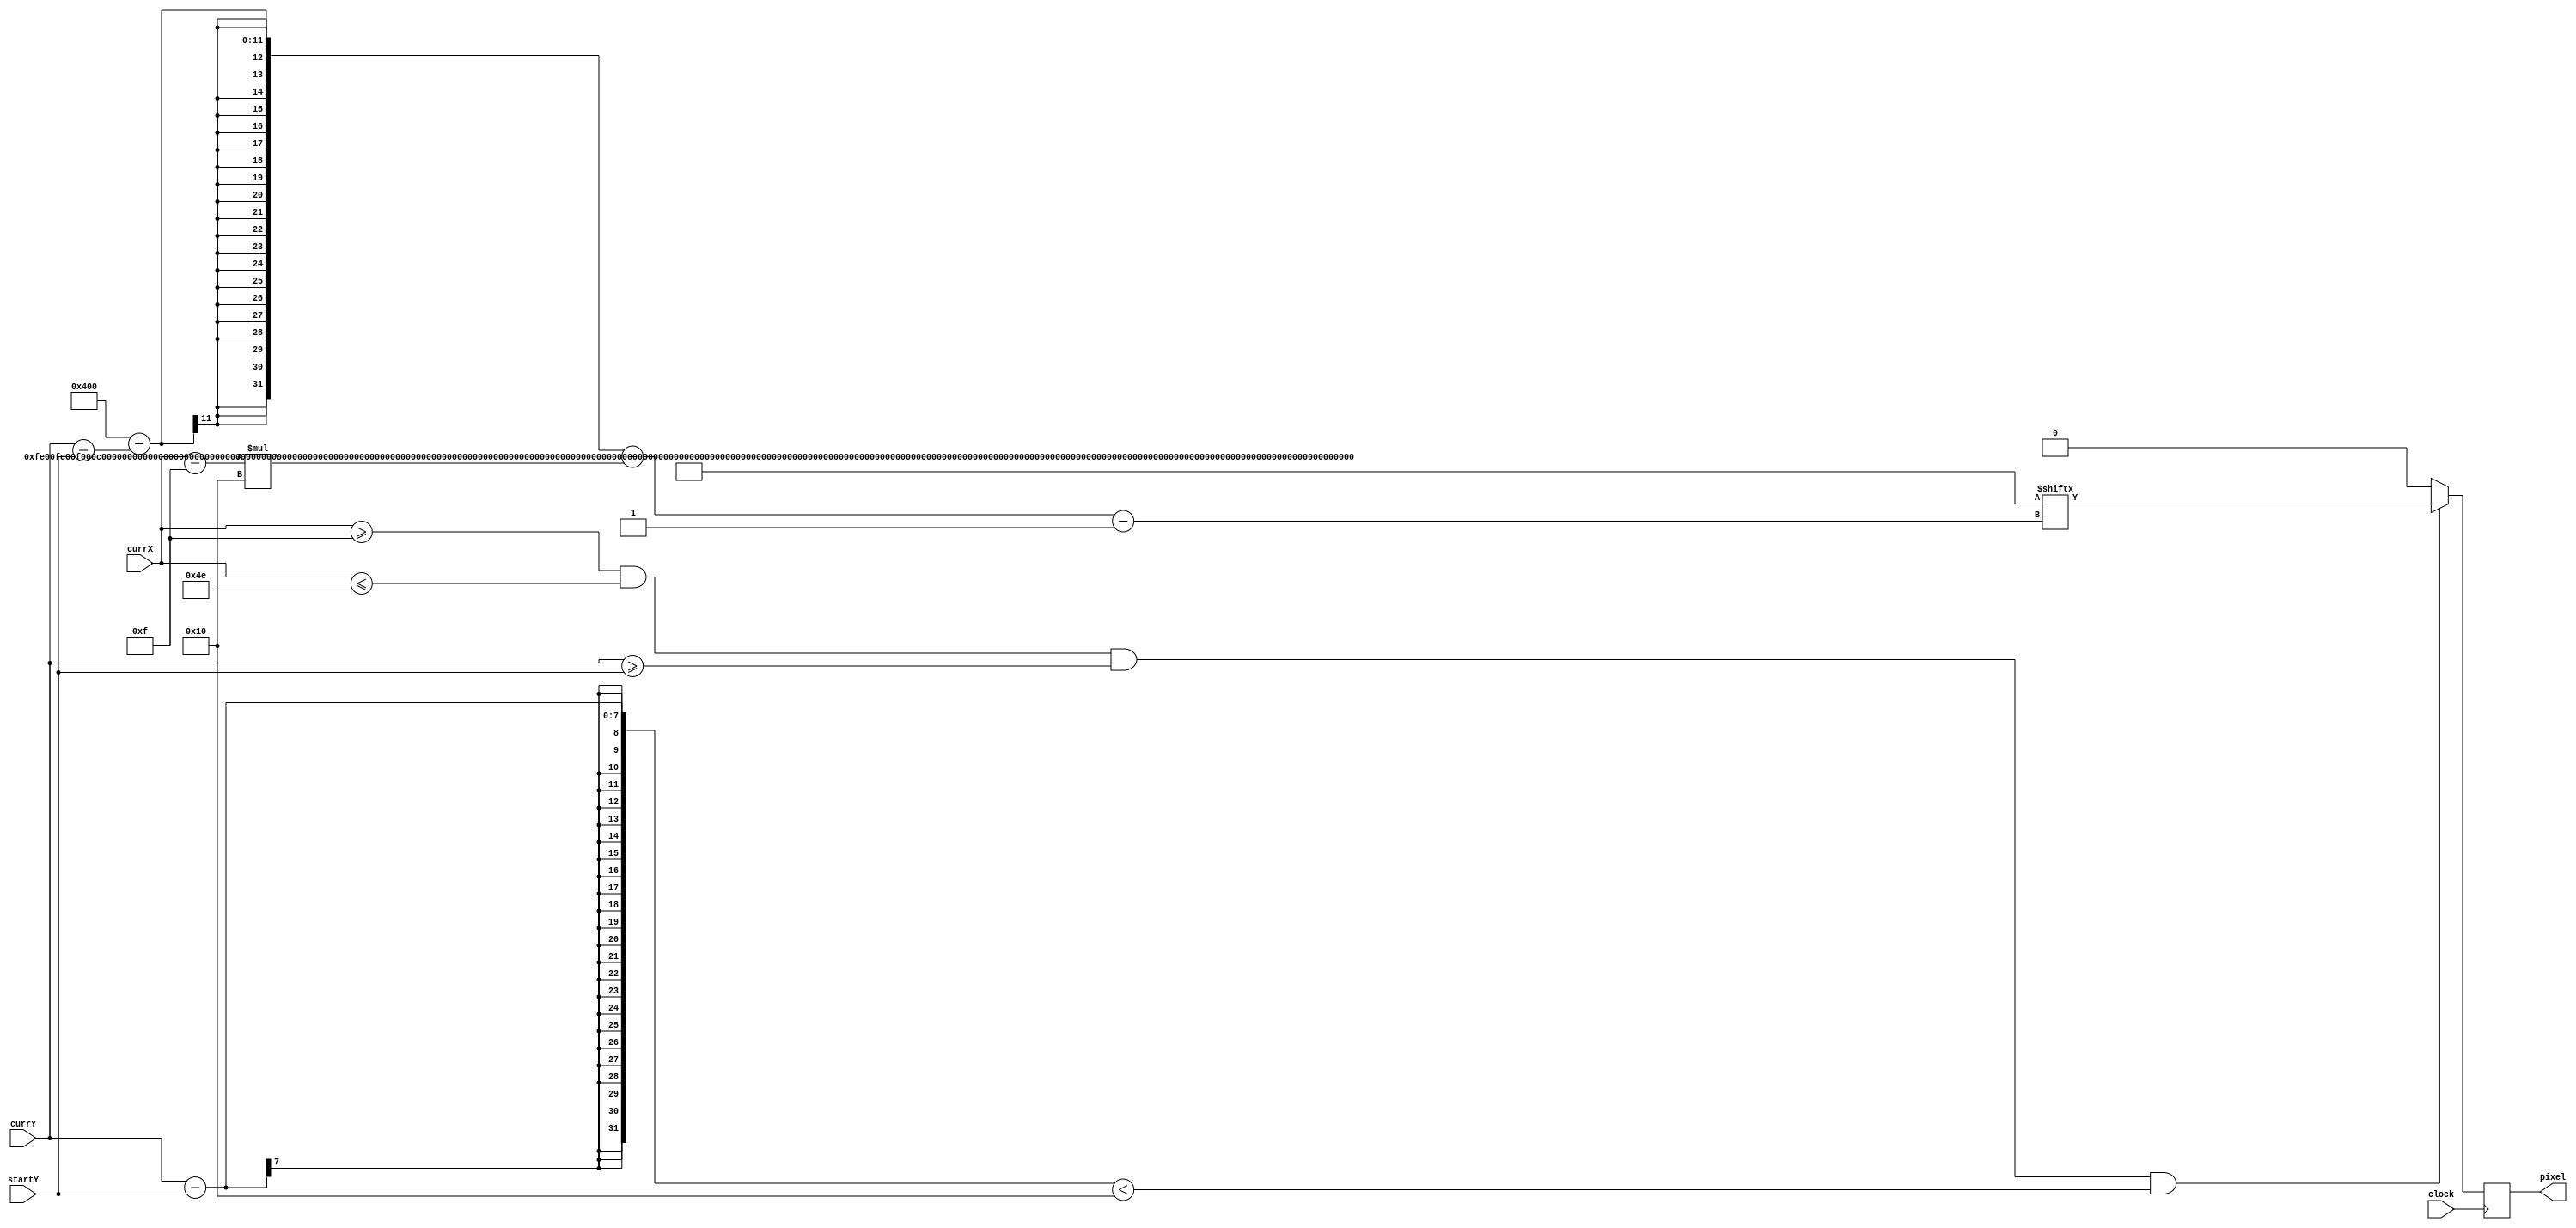
`timescale 1ns / 1ps
//////////////////////////////////////////////////////////////////////////////////
// Company: 
// Engineer: 
// 
// Design Name: 
// Module Name: logo_tetris
// Project Name: 
// Target Devices: 
// Tool Versions: 
// Description: 
// 
// Dependencies: 
// 
// Revision:
// Revision 0.01 - File Created
// Additional Comments:
// 
//////////////////////////////////////////////////////////////////////////////////


module logo_tetris(input clock, input [6:0] currX, currY, startY, output reg pixel);
    parameter STARTX = 15, ENDX = 78, LOGO_HEIGHT = 16;
    reg [6:0] index = 0, row = 0;
    wire [1024:1] logo;
    assign logo = 1024'hFE00FC00F000C000FFFFFFFFFFFFFFFFC000F000FC00FE0000000000FFFFFFFF8181C3C3E7E7F00FF81FFC3F00000000FE00FC00F000C000FFFFFFFFFFFFFFFFC000F000FC00FE0000000000FFFFFFFFFFFFFFBFFF9FFF0F7E073C03180100000000FFFFFFFFFFFF000000003C1FFE0F8F07878383C181E1C0F1E039F01FF81E;
    always @ (posedge clock) begin
        if(currX >= STARTX && currX <= ENDX && currY >= startY && (currY - startY) < LOGO_HEIGHT) begin
            row = currY - startY; index = currX - STARTX;
            pixel = logo[1024 - row - index*LOGO_HEIGHT];
        end
        else begin pixel = 0; row = 0; index = 0; end
    end
endmodule